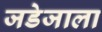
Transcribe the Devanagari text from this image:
जडेजाला